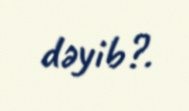
dəyib?.